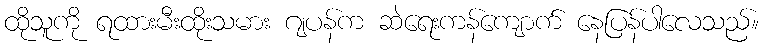
ထိုသူကို ရထားမီးထိုးသမား ဂျပန်က ဆဲရေးကန်ကျောက် နေပြန်ပါလေသည်။